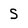
Character: S